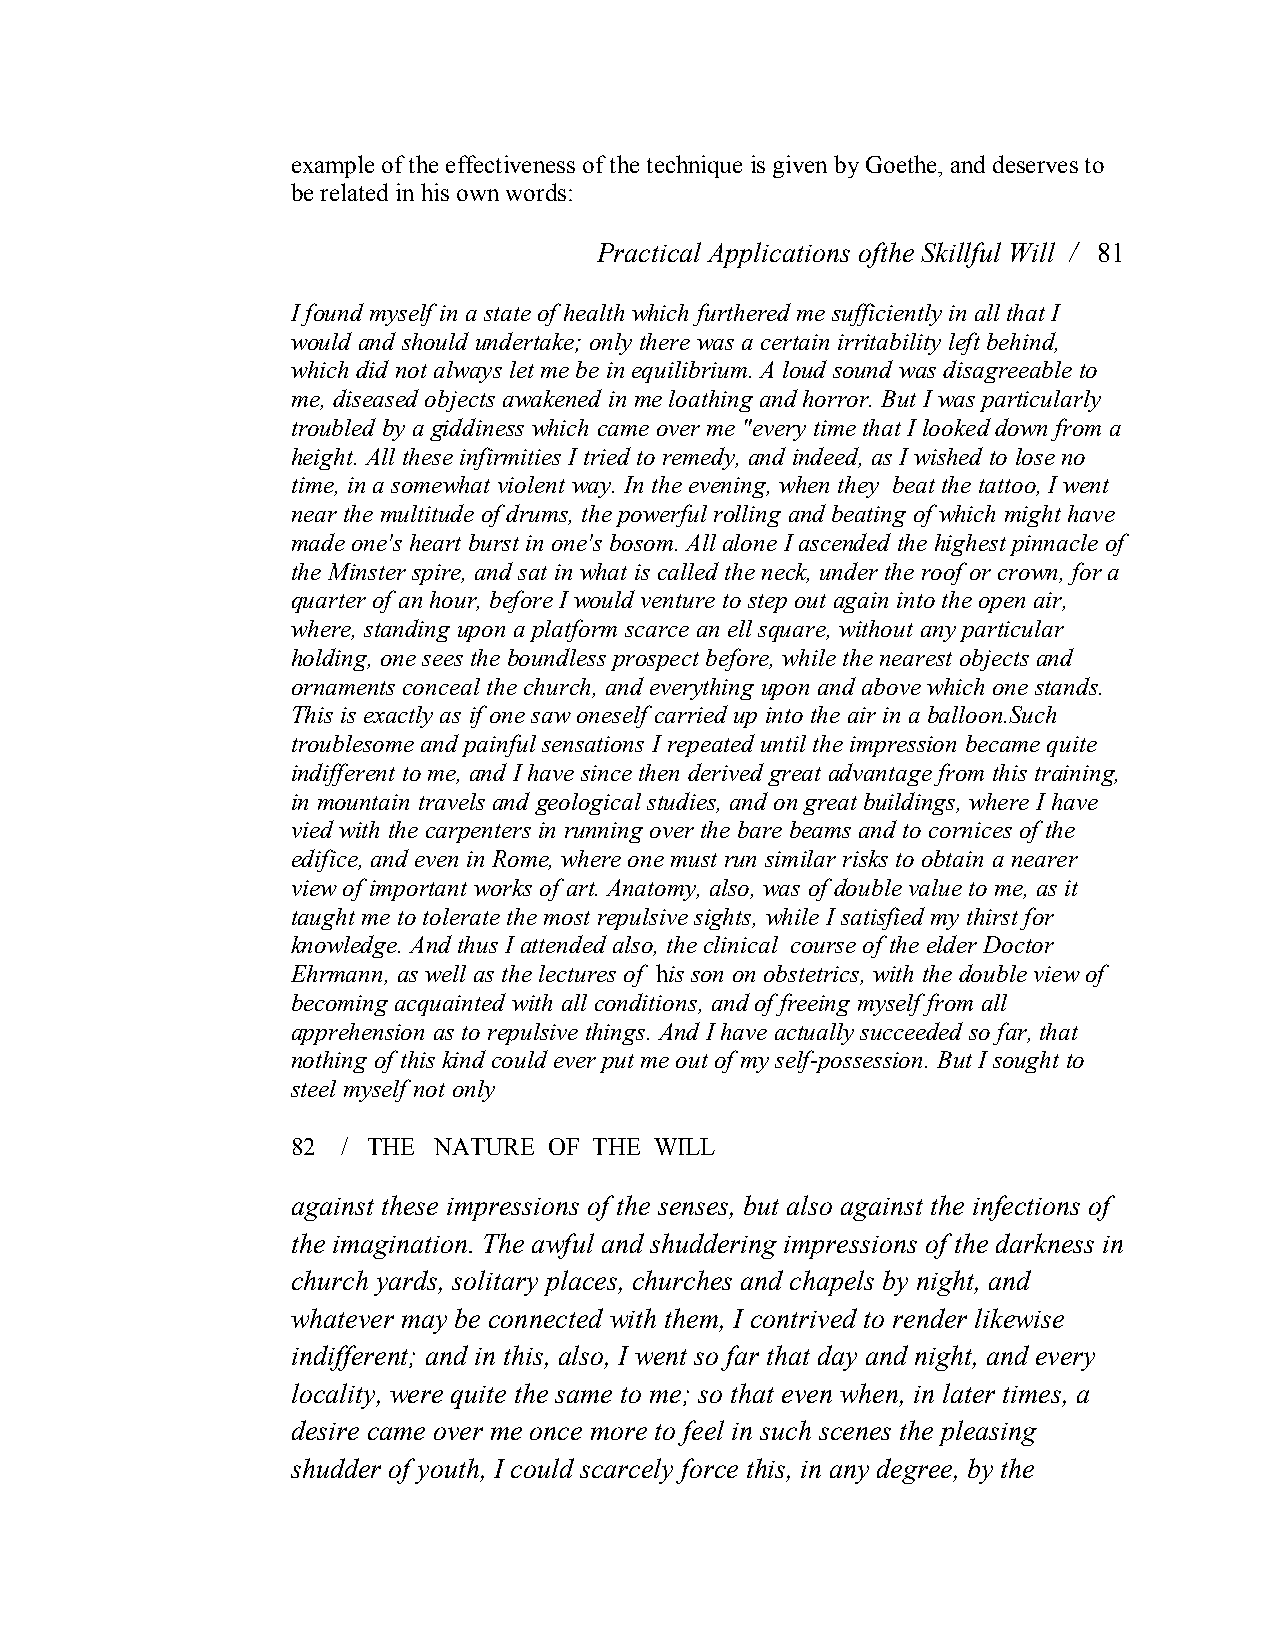
example of the effectiveness of the technique is given by Goethe, and deserves to
 be related in his own words:
 Practical Applications ofthe Skillful Will / 81
 I found myself in a state of health which furthered me sufficiently in all that I
 would and should undertake; only there was a certain irritability left behind,
 which did not always let me be in equilibrium. A loud sound was disagreeable to
 me, diseased objects awakened in me loathing and horror. But I was particularly
 troubled by a giddiness which came over me "every time that I looked down from a
 height. All these infirmities I tried to remedy, and indeed, as I wished to lose no
 time, in a somewhat violent way. In the evening, when they beat the tattoo, I went
 near the multitude of drums, the powerful rolling and beating of which might have
 made one's heart burst in one's bosom. All alone I ascended the highest pinnacle of
 the Minster spire, and sat in what is called the neck, under the roof or crown, for a
 quarter of an hour, before I would venture to step out again into the open air,
 where, standing upon a platform scarce an ell square, without any particular
 holding, one sees the boundless prospect before, while the nearest objects and
 ornaments conceal the church, and everything upon and above which one stands.
 This is exactly as if one saw oneself carried up into the air in a balloon.Such
 troublesome and painful sensations I repeated until the impression became quite
 indifferent to me, and I have since then derived great advantage from this training,
 in mountain travels and geologicalstudies, and on great buildings, where I have
 vied with the carpenters in running over the bare beams and to cornices of the
 edifice, and even in Rome, where one must run similar risks to obtain a nearer
 view of important works of art. Anatomy, also, was of double value to me, as it
 taught me to tolerate the most repulsive sights, while I satisfied my thirst for
 knowledge. And thus I attended also, the clinical course of the elder Doctor
 Ehrmann, as well as the lectures of his son on obstetrics, with the double view of
 becoming acquainted with all conditions, and of freeing myself from all
 apprehension as to repulsive things. And I have actually succeeded so far, that
 nothing of this kind could ever put me out of my self­possession. But I sought to
 steel myself not only
 82  / THE NATURE OF THE WILL
 against these impressions of the senses, but also against the infections of
 the imagination. The awful and shuddering impressions of the darkness in
 church yards, solitary places, churches and chapels by night, and
 whatever may be connected with them, I contrived to render likewise
 indifferent; and in this, also, I went so far that day and night, and every
 locality, were quite the same to me; so that even when, in later times, a
 desire came over me once more to feel in such scenes the pleasing
 shudder of youth, I could scarcely force this, in any degree, by the